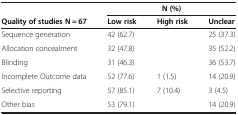
<table><thead><tr><td>[EMPTY_CELL]</td><td colspan="3"><b>N (%)</b></td></tr><tr><td><b>Quality of studies N = 67</b></td><td><b>Low risk</b></td><td><b>High risk</b></td><td><b>Unclear</b></td></tr></thead><tbody><tr><td>Sequence generation</td><td>42 (62.7)</td><td>[EMPTY_CELL]</td><td>25 (37.3)</td></tr><tr><td>Allocation concealment</td><td>32 (47.8)</td><td>[EMPTY_CELL]</td><td>35 (52.2)</td></tr><tr><td>Blinding</td><td>31 (46.3)</td><td>[EMPTY_CELL]</td><td>36 (53.7)</td></tr><tr><td>Incomplete Outcome data</td><td>52 (77.6)</td><td>1 (1.5)</td><td>14 (20.9)</td></tr><tr><td>Selective reporting</td><td>57 (85.1)</td><td>7 (10.4)</td><td>3 (4.5)</td></tr><tr><td>Other bias</td><td>53 (79.1)</td><td>[EMPTY_CELL]</td><td>14 (20.9)</td></tr></tbody></table>